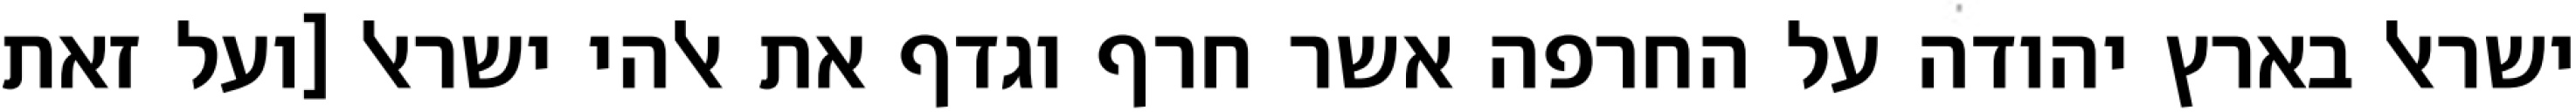
ישראל בארץ יהודה על החרפה אשר חרף וגדף את אלהי ישראל [ועל זאת